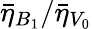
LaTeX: {\bar{\eta}_{B_{1}}}/{\bar{\eta}_{V_{0}}}